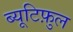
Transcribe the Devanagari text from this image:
ब्यूटिफ़ुल